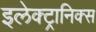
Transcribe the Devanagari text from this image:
इलेक्‍ट्रानिक्‍स